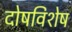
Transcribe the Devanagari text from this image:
दोषविशेष